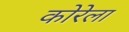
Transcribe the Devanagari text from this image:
कोरेला